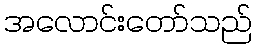
အလောင်းတော်သည်